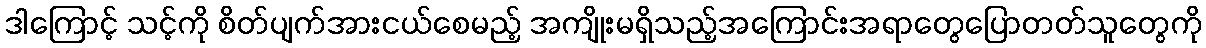
ဒါကြောင့် သင့်ကို စိတ်ပျက်အားငယ်စေမည့် အကျိုးမရှိသည့်အကြောင်းအရာတွေပြောတတ်သူတွေကို